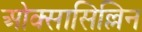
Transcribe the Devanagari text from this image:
ओक्सासिल्लिन